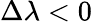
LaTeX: \Delta\lambda<0